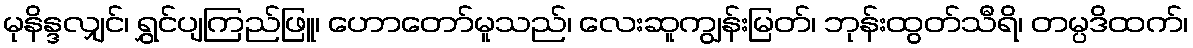
မုနိန္ဒလျှင်၊ ရွှင်ပျကြည်ဖြူ၊ ဟောတော်မူသည်၊ လေးဆူကျွန်းမြတ်၊ ဘုန်းထွတ်သီရိ၊ တမ္ပဒိထက်၊